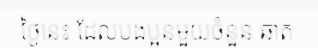
ថ្ងៃនេះ ដែលបងប្អូនមួយចំនួន ឆាត